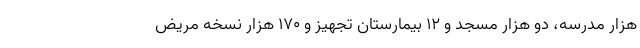
هزار مدرسه، دو هزار مسجد و ۱۲ بیمارستان تجهیز و ۱۷۰ هزار نسخه مریض